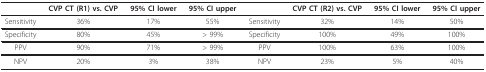
<table><thead><tr><td></td><td><b>CVP CT (R1) vs. CVP</b></td><td><b>95% CI lower</b></td><td><b>95% CI upper</b></td><td></td><td><b>CVP CT (R2) vs. CVP</b></td><td><b>95% CI lower</b></td><td><b>95% CI upper</b></td></tr></thead><tbody><tr><td>Sensitivity</td><td>36%</td><td>17%</td><td>55%</td><td>Sensitivity</td><td>32%</td><td>14%</td><td>50%</td></tr><tr><td>Specificity</td><td>80%</td><td>45%</td><td>&gt; 99%</td><td>Specificity</td><td>100%</td><td>49%</td><td>100%</td></tr><tr><td>PPV</td><td>90%</td><td>71%</td><td>&gt; 99%</td><td>PPV</td><td>100%</td><td>63%</td><td>100%</td></tr><tr><td>NPV</td><td>20%</td><td>3%</td><td>38%</td><td>NPV</td><td>23%</td><td>5%</td><td>40%</td></tr></tbody></table>